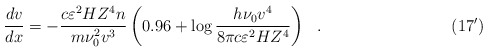
\begin{align*}\qquad\qquad\qquad\qquad\qquad\frac{dv}{dx} = - \frac{c\varepsilon ^2HZ^4n}{m\nu _0 ^2 v^3}\left( {0.96 + \log \frac{h\nu _0 v^4}{8\pi c\varepsilon ^2HZ^4}} \right) ~~.\qquad\qquad\qquad\qquad (17^\prime)\end{align*}